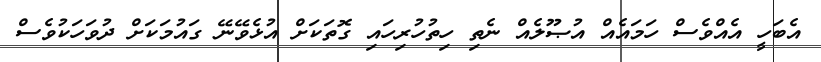
އެބަހީ އެއްވެސް ހަމައެއް އުޞޫލެއް ނެތި ހިތުހުރިހައި ގޮތަކަށް އުޅެވޭނޭ ގައުމަކަށް ދުވަހަކުވެސް